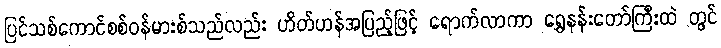
ပြင်သစ်ကောင်စစ်ဝန်မားစ်သည်လည်း ဟိတ်ဟန်အပြည့်ဖြင့် ရောက်လာကာ ရွှေနန်းတော်ကြီးထဲ တွင်